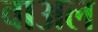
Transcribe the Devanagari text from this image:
वाअल